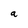
Character: a